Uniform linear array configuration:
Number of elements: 64
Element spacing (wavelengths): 0.75
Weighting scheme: kaiser
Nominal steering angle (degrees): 30
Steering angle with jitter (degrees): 29.607
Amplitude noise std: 0.05
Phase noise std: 0.05

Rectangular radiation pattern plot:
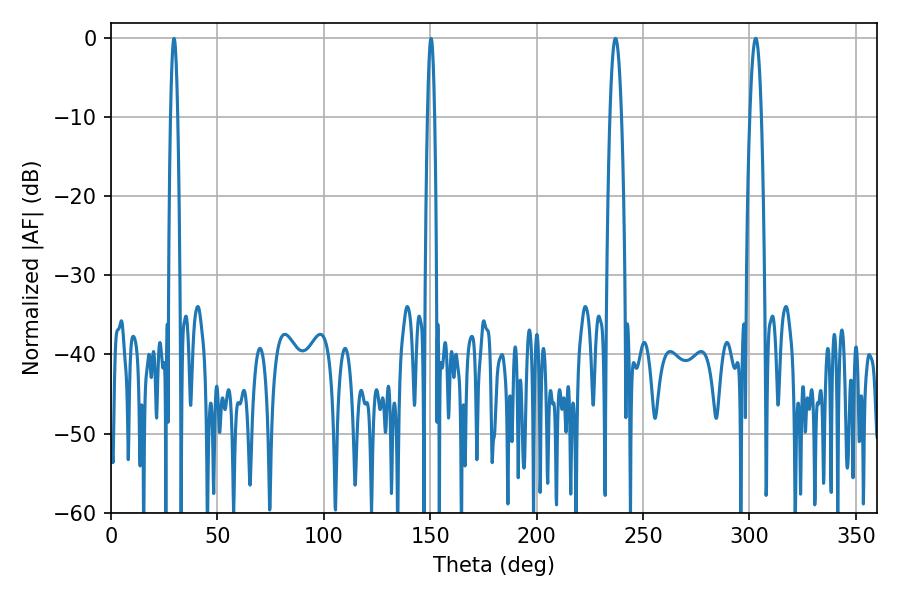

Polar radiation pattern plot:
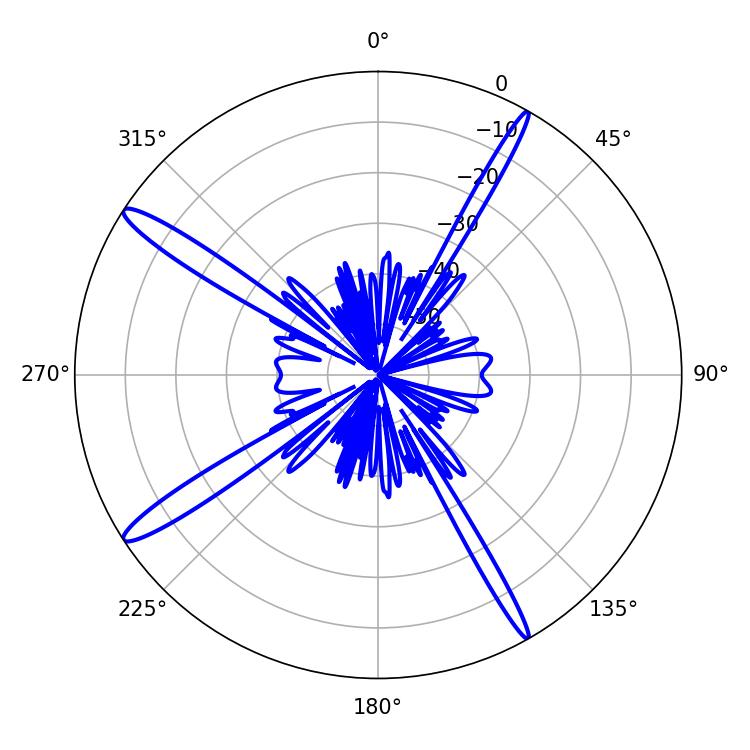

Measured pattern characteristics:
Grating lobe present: TRUE
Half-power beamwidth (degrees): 2.88
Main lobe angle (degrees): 237.06